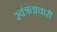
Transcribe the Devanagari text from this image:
स्वंत्रताचारी